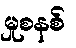
မှုစနစ်